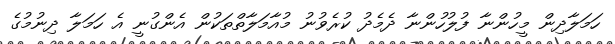
ހަމަލާދިން މީހުންނާ ފުލުހުންނާ ދެމެދު ކުރެވުނު މުއާމަލާތްތަކުން އެންގުނީ އެ ހަމަލާ ދިނުމުގެ